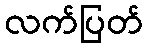
လက်ပြတ်